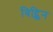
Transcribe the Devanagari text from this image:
विट्किन